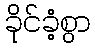
ခိုင်ခံ့စွာ